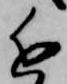
近